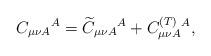
LaTeX: \begin{align*}C_{\mu \nu A}{}^{A}=\widetilde{C}_{\mu \nu A}{}^{A}+C_{\mu \nu A}^{{\footnotesize (T)}}{}^{A}, \end{align*}